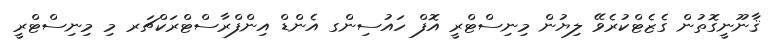
ޤާނޫނީގޮތުން ގެޒެޓްކުރެވޭ ލިޔުން މިނިސްޓްރީ އޮފް ހައުސިންގ އެންޑް އިންފްރާސްޓްރަކްޗަރ މި މިނިސްޓްރީ